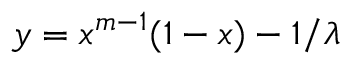
y = x ^ { m - 1 } ( 1 - x ) - 1 / \lambda